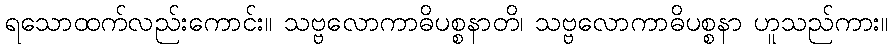
ရသောထက်လည်းကောင်း။ သဗ္ဗလောကာဓိပစ္စနာတိ၊ သဗ္ဗလောကာဓိပစ္စနာ ဟူသည်ကား။